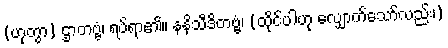
(ဟုတွာ) ဌာတဗ္ဗံ၊ ရပ်ရာ၏။ နနိသီဒိတဗ္ဗံ၊ (ထိုင်ပါဟု လျှောက်သော်လည်း၊)